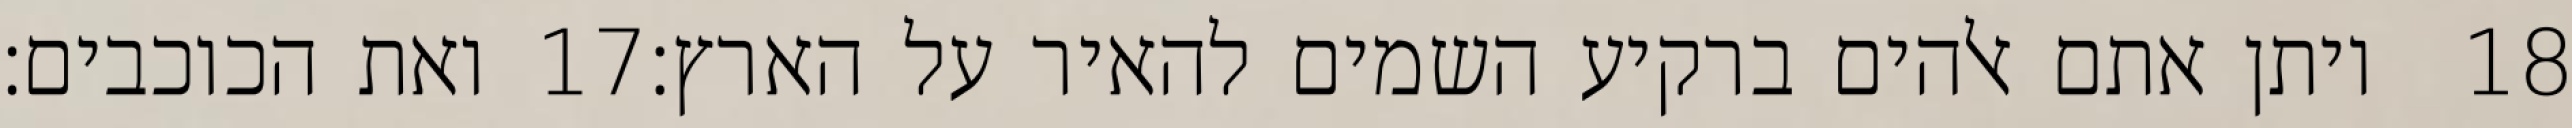
ואת הכוכבים׃ ‎17‏ ויתן אתם אלהים ברקיע השמים להאיר על הארץ׃ ‎18‏